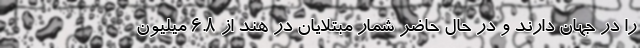
را در جهان دارند و در حال حاضر شمار مبتلایان در هند از ۶.۸ میلیون